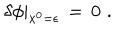
\left. \delta \phi \right| _ { x ^ { 0 } = \epsilon } \, = \, 0 \, \, .